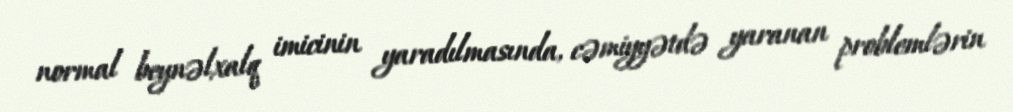
normal beynəlxalq imicinin yaradılmasında, cəmiyyətdə yaranan problemlərin